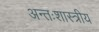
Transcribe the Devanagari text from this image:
अन्तःशास्त्रीय